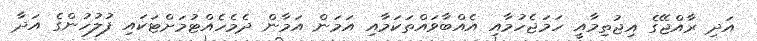
އަދި ރާއްޖޭގެ އިޖުތިމާއީ ހަމަޖެހުމާއި އެއްބާވައްތަކަމާއި އަމަން އަމާން ދެމެހެއްޓުމަށްޓަކައި ފުލުހުންގެ އަދާ